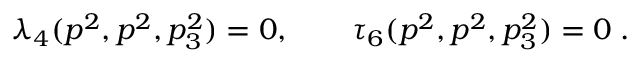
\lambda _ { 4 } ( p ^ { 2 } , p ^ { 2 } , p _ { 3 } ^ { 2 } ) = 0 , \qquad \tau _ { 6 } ( p ^ { 2 } , p ^ { 2 } , p _ { 3 } ^ { 2 } ) = 0 \; .